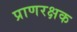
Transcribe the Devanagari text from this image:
प्राणरक्षक